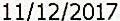
11/12/2017